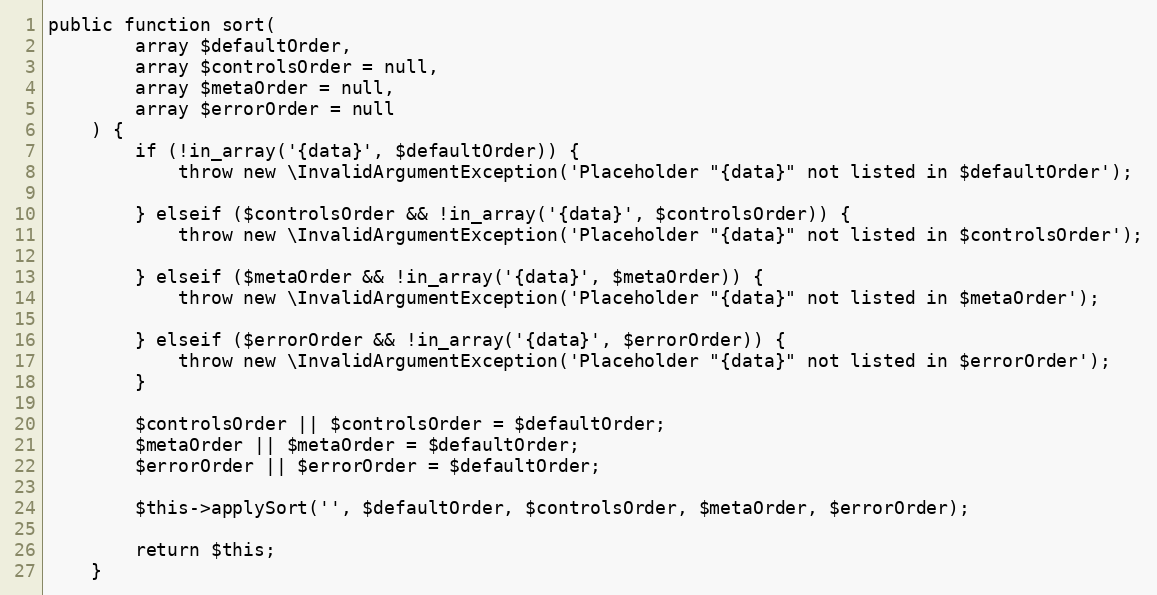
Language: PHP
public function sort(
        array $defaultOrder,
        array $controlsOrder = null,
        array $metaOrder = null,
        array $errorOrder = null
    ) {
        if (!in_array('{data}', $defaultOrder)) {
            throw new \InvalidArgumentException('Placeholder "{data}" not listed in $defaultOrder');

        } elseif ($controlsOrder && !in_array('{data}', $controlsOrder)) {
            throw new \InvalidArgumentException('Placeholder "{data}" not listed in $controlsOrder');

        } elseif ($metaOrder && !in_array('{data}', $metaOrder)) {
            throw new \InvalidArgumentException('Placeholder "{data}" not listed in $metaOrder');

        } elseif ($errorOrder && !in_array('{data}', $errorOrder)) {
            throw new \InvalidArgumentException('Placeholder "{data}" not listed in $errorOrder');
        }

        $controlsOrder || $controlsOrder = $defaultOrder;
        $metaOrder || $metaOrder = $defaultOrder;
        $errorOrder || $errorOrder = $defaultOrder;

        $this->applySort('', $defaultOrder, $controlsOrder, $metaOrder, $errorOrder);

        return $this;
    }